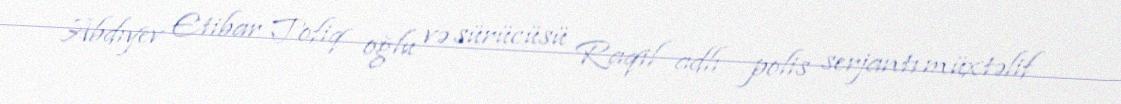
Abdıyev Etibar Tofiq oğlu və sürücüsü Raqil adlı polis serjantı müxtəlif